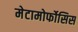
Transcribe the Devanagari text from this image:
मेटामोर्फोसिस